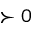
\succ 0